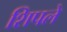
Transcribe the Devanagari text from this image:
शिपले